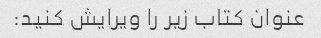
عنوان کتاب زیر را ویرایش کنید: